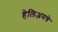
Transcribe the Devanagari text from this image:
हेलिअमचे